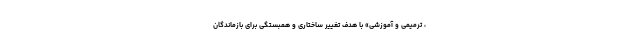
، ترمیمی و آموزشی» با هدف تغییر ساختاری و همبستگی برای بازماندگان